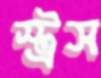
স্ট্রস